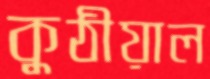
কুঠীয়াল